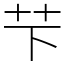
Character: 芐